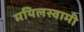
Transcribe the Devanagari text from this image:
मयिलस्वामी